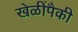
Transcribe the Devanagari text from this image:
खेळींपैकी